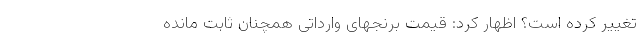
تغییر کرده است؟ اظهار کرد: قیمت برنجهای وارداتی همچنان ثابت مانده